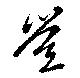
豈